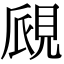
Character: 覛